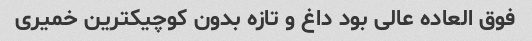
فوق العاده عالی بود داغ و تازه بدون کوچیکترین خمیری